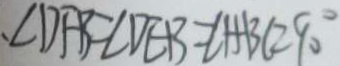
\angle D F B = \angle D E B = \angle H B C = 9 0 ^ { \circ }